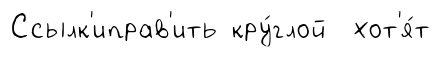
Ссылк'иправ'ить кру́глой хот'я́т